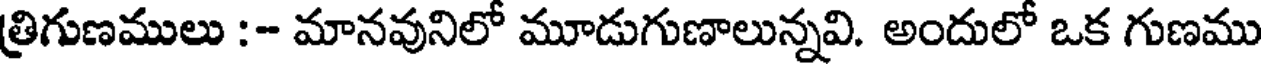
త్రిగుణములు :- మానవునిలో మూడుగుణాలున్నవి. అందులో ఒక గుణము